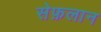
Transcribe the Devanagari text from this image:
सेफ़लान